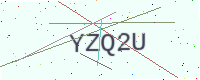
Text: YZQ2U